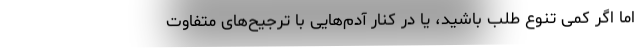
اما اگر کمی تنوع طلب باشید، یا در کنار آدم‌هایی با ترجیح‌های متفاوت